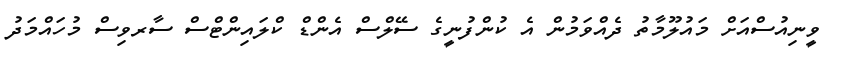
ވީނިއުސްއަށް މައުލޫމާތު ދެއްވަމުން އެ ކުންފުނީގެ ސޭލްސް އެންޑް ކްލައިންޓްސް ސާރވިސް މުހައްމަދު